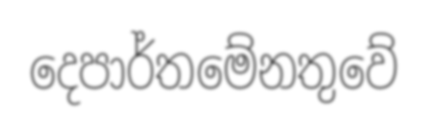
දෙපාර්තමේනතුවේ